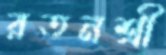
রতনশ্রী